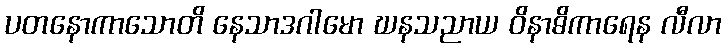
ပတနောကာသောတိ နေသာဒဂါမော ဃနသညာယ ဝိနာဓိကာရေန လီလာ